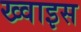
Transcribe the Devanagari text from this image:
ख्वाइस